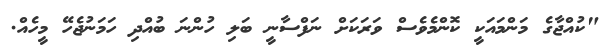
"ކުއްޖާގެ މަންމައަކީ ކޮންމެވެސް ވަރަކަށް ނަފްސާނީ ބަލި ހުންނަ ބުއްދި ހަމަނުޖެހޭ މީހެއް.